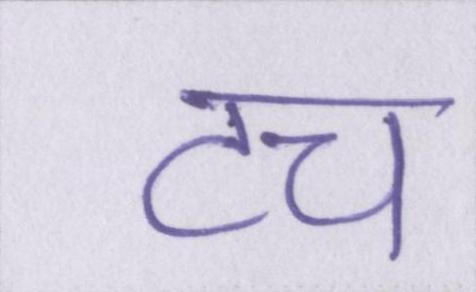
टच